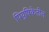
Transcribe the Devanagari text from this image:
पियुषिकेतील